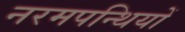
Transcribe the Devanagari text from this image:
नरमपन्थियों